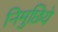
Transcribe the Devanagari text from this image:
निमुछिये